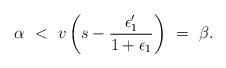
LaTeX: \begin{align*}\alpha\ <\ v\left(s-\frac{\epsilon_1'}{1+\epsilon_1}\right)\ =\ \beta.\end{align*}